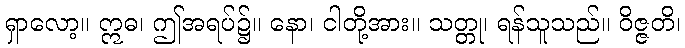
ရှာလော့။ ဣဓ၊ ဤအရပ်၌။ နော၊ ငါတို့အား။ သတ္တု၊ ရန်သူသည်။ ဝိဇ္ဇတိ၊